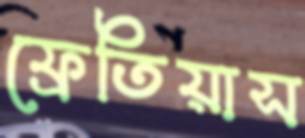
ফ্রেতিয়াস